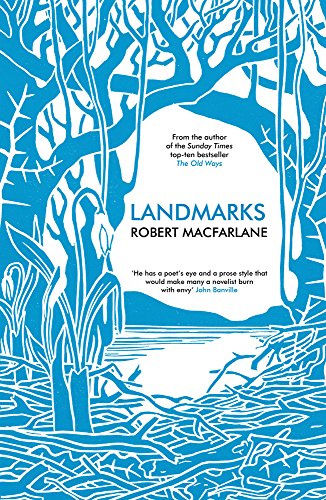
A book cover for Landmarks; Robert MacFarlane; Science & Math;